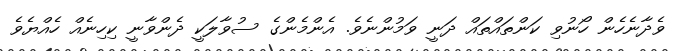
ވެދާނެހެން ހޯނުވި ކަންތައްތައް ދަނީ ވަމުންނެވެ. އެންމެންގެ ސުވާލަކީ ދެންވާނީ ކިހިނެއް ހެއްޔެވެ